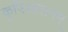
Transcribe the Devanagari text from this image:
कृषिशासनम्